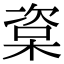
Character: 楶